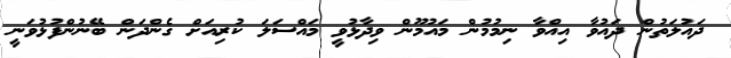
ދައުލަތުން ދައުވާ އިއްވާ ނިމުމުން މައުމޫން ވިދާޅުވީ މައްސަލަ ކުރިއަށް ގެންދަން ބޭނުންފުޅުވަނީ